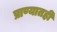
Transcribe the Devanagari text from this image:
प्राण्यातही